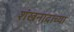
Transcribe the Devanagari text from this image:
शंखनादाच्या